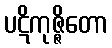
ပဋိကုဇ္ဇိတော